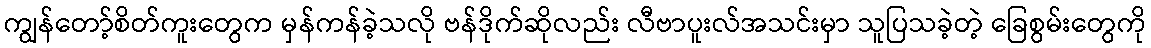
ကျွန်တော့်စိတ်ကူးတွေက မှန်ကန်ခဲ့သလို ဗန်ဒိုက်ဆိုလည်း လီဗာပူးလ်အသင်းမှာ သူပြသခဲ့တဲ့ ခြေစွမ်းတွေကို